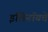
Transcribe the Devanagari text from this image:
इलिनॉयचे